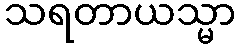
သရတာယသ္မာ